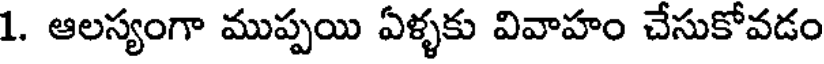
1. ఆలస్యంగా ముప్పయి ఏళ్ళకు వివాహం చేసుకోవడం